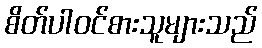
စိတ်ပါဝင်စားသူများသည်